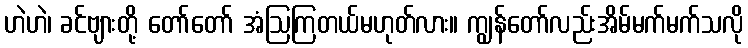
ဟဲဟဲ၊ ခင်ဗျားတို့ တော်တော် အံဩကြတယ်မဟုတ်လား။ ကျွန်တော်လည်းအိမ်မက်မက်သလို